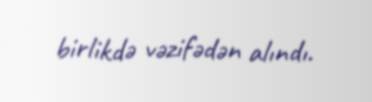
birlikdə vəzifədən alındı.